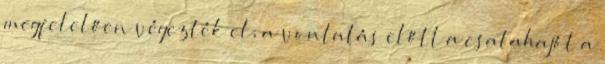
megfelelően végezték el, a vontatás előtt a csatahajót a